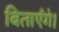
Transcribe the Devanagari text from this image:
बिताएँगे।